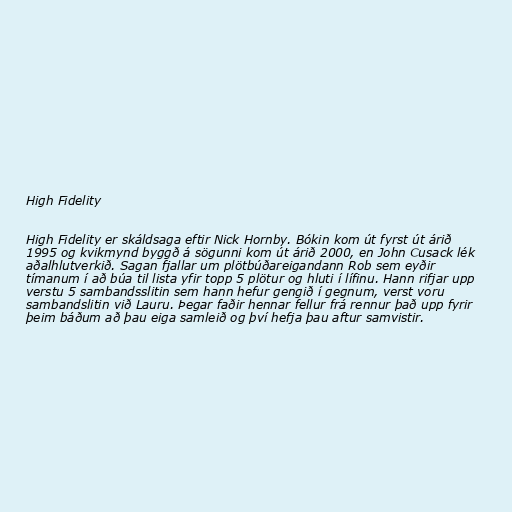
High Fidelity

High Fidelity er skáldsaga eftir Nick Hornby. Bókin kom út fyrst út árið
1995 og kvikmynd byggð á sögunni kom út árið 2000, en John Cusack lék
aðalhlutverkið. Sagan fjallar um plötbúðareigandann Rob sem eyðir
tímanum í að búa til lista yfir topp 5 plötur og hluti í lífinu. Hann rifjar upp
verstu 5 sambandsslitin sem hann hefur gengið í gegnum, verst voru
sambandslitin við Lauru. Þegar faðir hennar fellur frá rennur það upp fyrir
þeim báðum að þau eiga samleið og því hefja þau aftur samvistir.